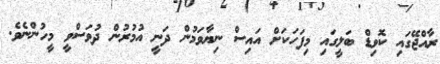
ރާއްޖޭގައި ކޮވިޑް ބަލީގައި މިފަހަކަށް އައިސް ނިޔާވަމުން ދަނީ އުމުރުން ދުވަސްވީ މީހުންނެވެ.